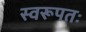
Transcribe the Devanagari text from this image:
स्वरूपतः